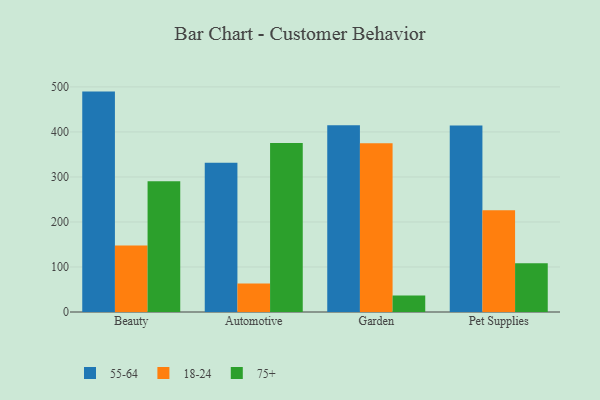
{"axis": {"x": "Category", "y": "Budget (USD K)"}, "legend": ["18-24", "55-64", "75+"], "data": [{"x": "Beauty", "y": 489.6, "type": "55-64"}, {"x": "Beauty", "y": 147.6, "type": "18-24"}, {"x": "Beauty", "y": 290.3, "type": "75+"}, {"x": "Automotive", "y": 331.7, "type": "55-64"}, {"x": "Automotive", "y": 63.5, "type": "18-24"}, {"x": "Automotive", "y": 375.4, "type": "75+"}, {"x": "Garden", "y": 415.1, "type": "55-64"}, {"x": "Garden", "y": 374.7, "type": "18-24"}, {"x": "Garden", "y": 36.9, "type": "75+"}, {"x": "Pet Supplies", "y": 414.2, "type": "55-64"}, {"x": "Pet Supplies", "y": 226.0, "type": "18-24"}, {"x": "Pet Supplies", "y": 108.4, "type": "75+"}]}